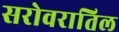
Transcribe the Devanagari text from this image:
सरोवरातिल